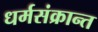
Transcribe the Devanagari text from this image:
धर्मसंक्रान्त